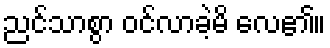
ညင်သာစွာ ဝင်လာခဲ့မိ လေ၏။